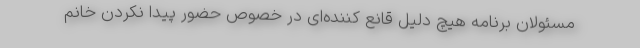
مسئولان برنامه هیچ دلیل قانع کننده‌ای در خصوص حضور پیدا نکردن خانم